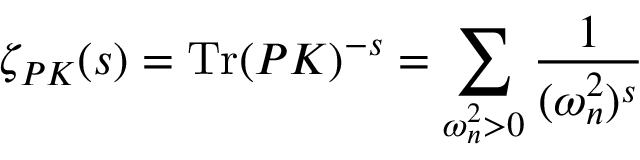
\zeta _ { P { \cal K } } ( s ) = \mathrm { T r } ( P { \cal K } ) ^ { - s } = \sum _ { \omega _ { n } ^ { 2 } > 0 } \frac { 1 } { ( \omega _ { n } ^ { 2 } ) ^ { s } }